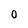
Character: O